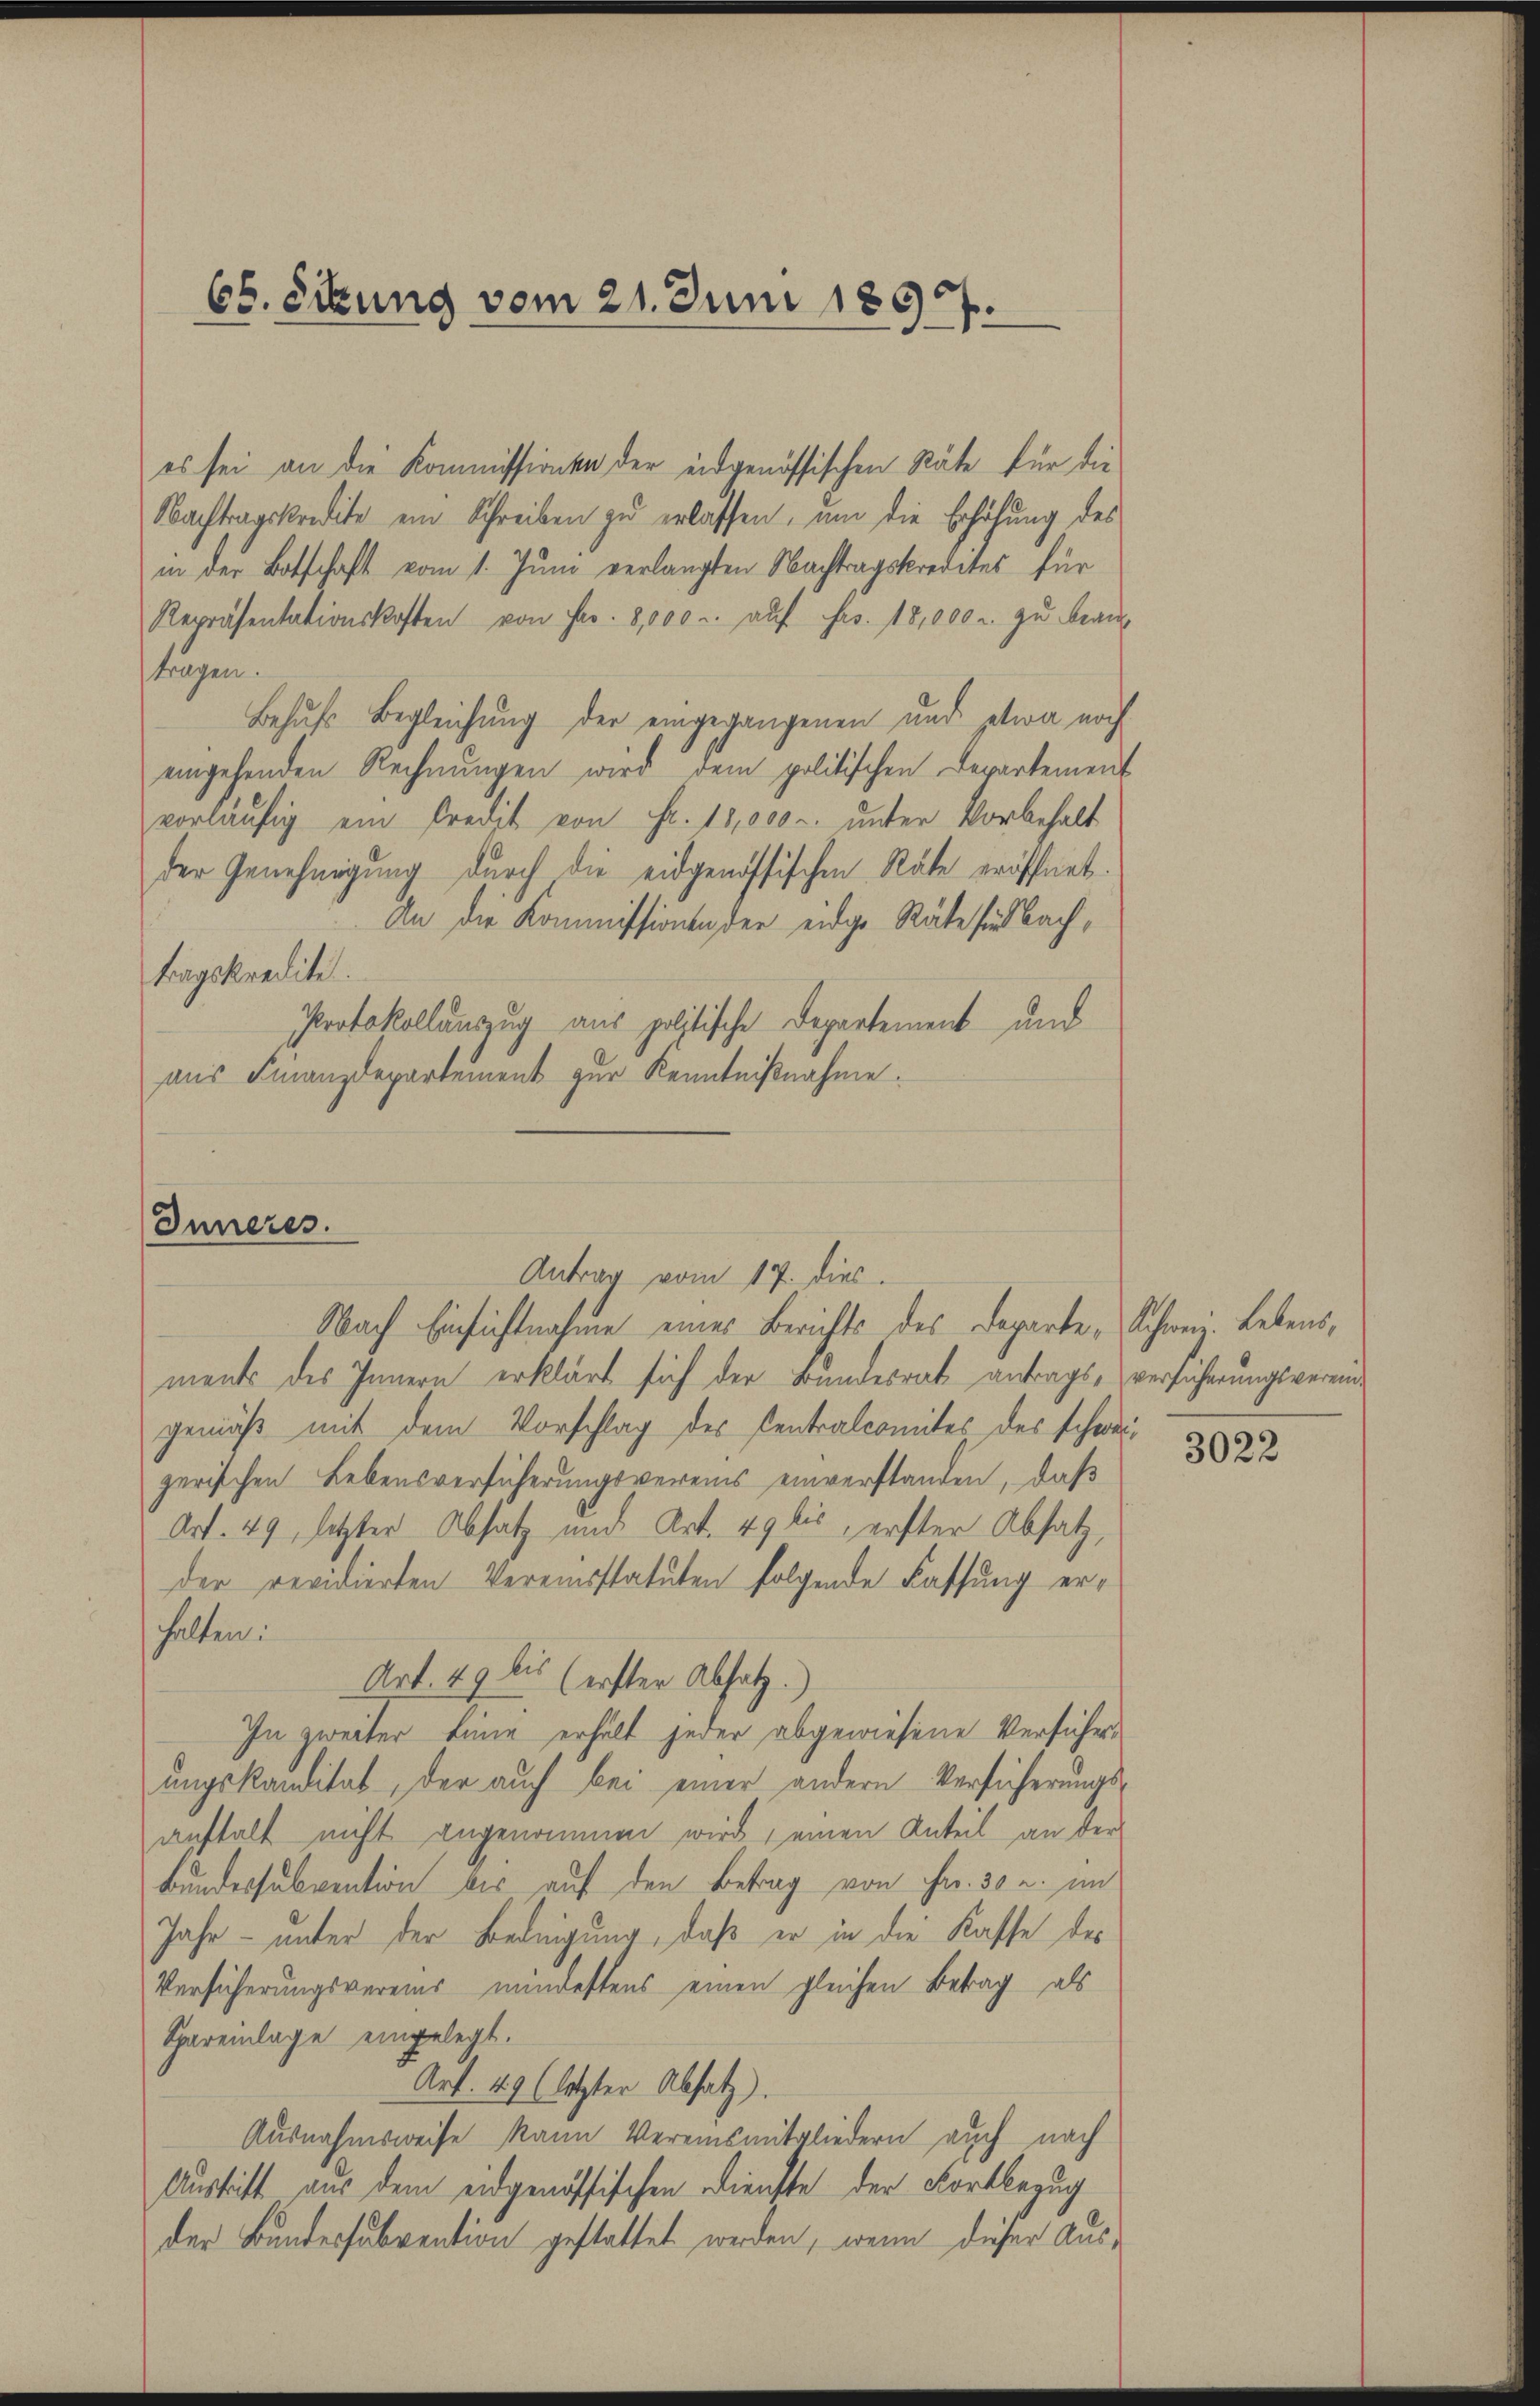
65. Erkung vom 21. Juni 1897.

es sei an die Kommissionen der eidgenössischen Stäte für die
Nachtragskredite ein Schreiben zu erlassen, um die Erhöhung des
in der Botschaft vom 1. Juni verlangten Nachtragskredites für
Repräsentationskosten von Fr. 8,000 u. auf Fr. 18,000 u. zu beantragen.
Behufs Begleichung der eingegangenen und etwa noch
eingehenden Rechnungen wird dem politischen Departement
vorläufig ein Fredit von Fr. 18,000. unter Vorbehalt
der Genehmigung durch die eidgenössischen Räte eröffnet.
An die Kommissionen der eidge Räte sind Bachtragskreditet.
Protokollauszug aus politische Departement und
aus Finanzdepartement zur Kenntnißnahme.

Nach Einsichtnahme eines Berichts des Departe „Schweiz. Lebensments des Innern erklärt sich der Bundesrat antragsversicherungsvereingemäß mit dem Vorschlag des Centralcomites des schweizerischen Lebensversicherungsvereins einverstanden, daß
Art. 49, letzter Absatz und Art. 49 lis, erster Absatz,
der revidierten Vereinsstatuten folgende Fassung erhalten.
Art. 49 lis (erster Absatz.
In zweiter Linie erhält jeder abgewiesene Versicherungskandität, der auch bei einer andern Versicherungs-
anstalt nicht angenommen wird einen Anteil an der
Bundessubvention bis auf den Betrag von Fr. 30 u. im
Jahr – unter der Bedingung, daß er in die Kasse des
Versicherungsvereins mindestens einen gleichen Betrag als
Spareinlage eingelegt.
Art. 49 (letzter Absatz).
Ausnahmsweise kann Vereinsmitgliedern auch nach
Austritt aus dem eidgenössischen Dienste der Fortbezug
der Bundessubvention gestattet werden, wenn dieser Aus¬

Inneres.
Antrag vom 17. dies

3022